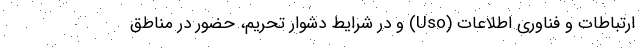
ارتباطات و فناوری اطلاعات (Uso) و در شرایط دشوار تحریم، حضور در مناطق